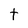
Character: t